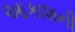
આકાશની